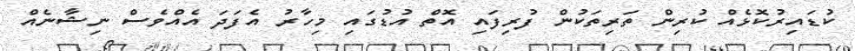
ކުޑައިރުކޮޅެއް ކުރިން ތަރިތަކުން ފުރިފައި އޮތް އުޑުގައި މިހާރު އެފަދަ އެއްވެސް ނިޝާނެއް